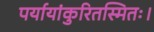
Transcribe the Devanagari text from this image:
पर्यायांकुरितस्मितः।